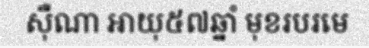
ស៊ឺណា អាយុ៥៧ឆ្នាំ មុខរបរមេ